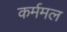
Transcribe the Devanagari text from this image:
कर्ममल